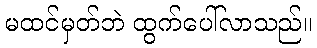
မထင်မှတ်ဘဲ ထွက်ပေါ်လာသည်။